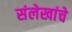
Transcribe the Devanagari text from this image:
संलेखांचे